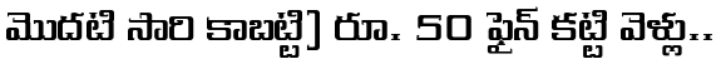
మొదటి సారి కాబట్టి) రూ. 50 ఫైన్ కట్టి వెళ్లు..